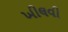
ખીલવી